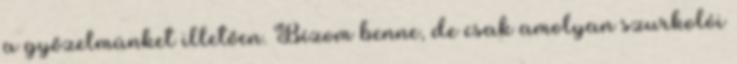
a győzelmünket illetően. Bízom benne, de csak amolyan szurkolói